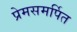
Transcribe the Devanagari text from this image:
प्रेमसमर्पित